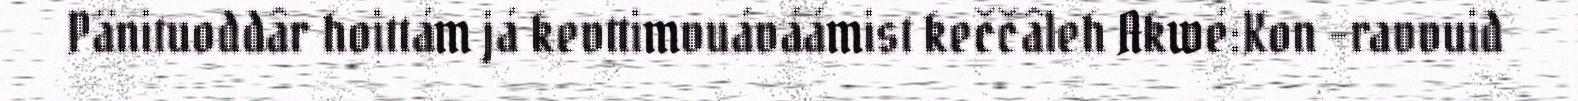
Pänituoddâr hoittám já kevttimvuáváámist keččâleh Akwé:Kon -ravvuid